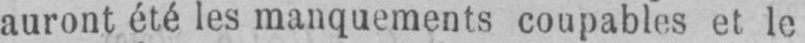
auront été les manquements coupables et le